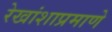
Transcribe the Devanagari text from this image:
रेखांशाप्रमाणे